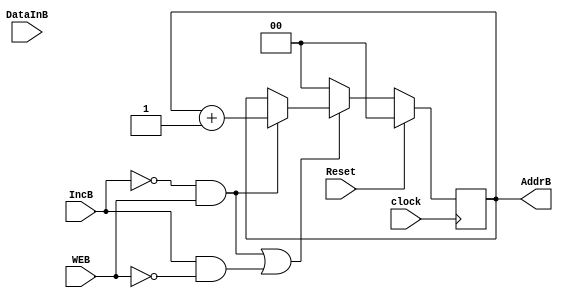
module MC_B (
    IncB,
    Reset,
    clock,
    AddrB,
    WEB,
    DataInB
);

input IncB, WEB, Reset, clock;
input [7:0] DataInB;
output [1:0] AddrB;

wire IncB, WEB, Reset, clock;
reg [1:0] AddrB;
reg [7:0] MemB[0:3];

always @(posedge clock)
    begin
        if(!Reset)
            begin
                if((IncB == 1'b0 && WEB == 1'b1) || (IncB == 1'b1 && WEB == 1'b0))
                    begin
                        if(WEB)
                            MemB[AddrB] <= DataInB;
                        if(IncB == 1'b0 && WEB == 1'b1)
                            AddrB = AddrB + 1;
                    end
                else
                    AddrB <= 2'b00;
            end
        else
            AddrB <= 2'b00;
    end

endmodule